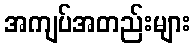
အကျပ်အတည်းများ